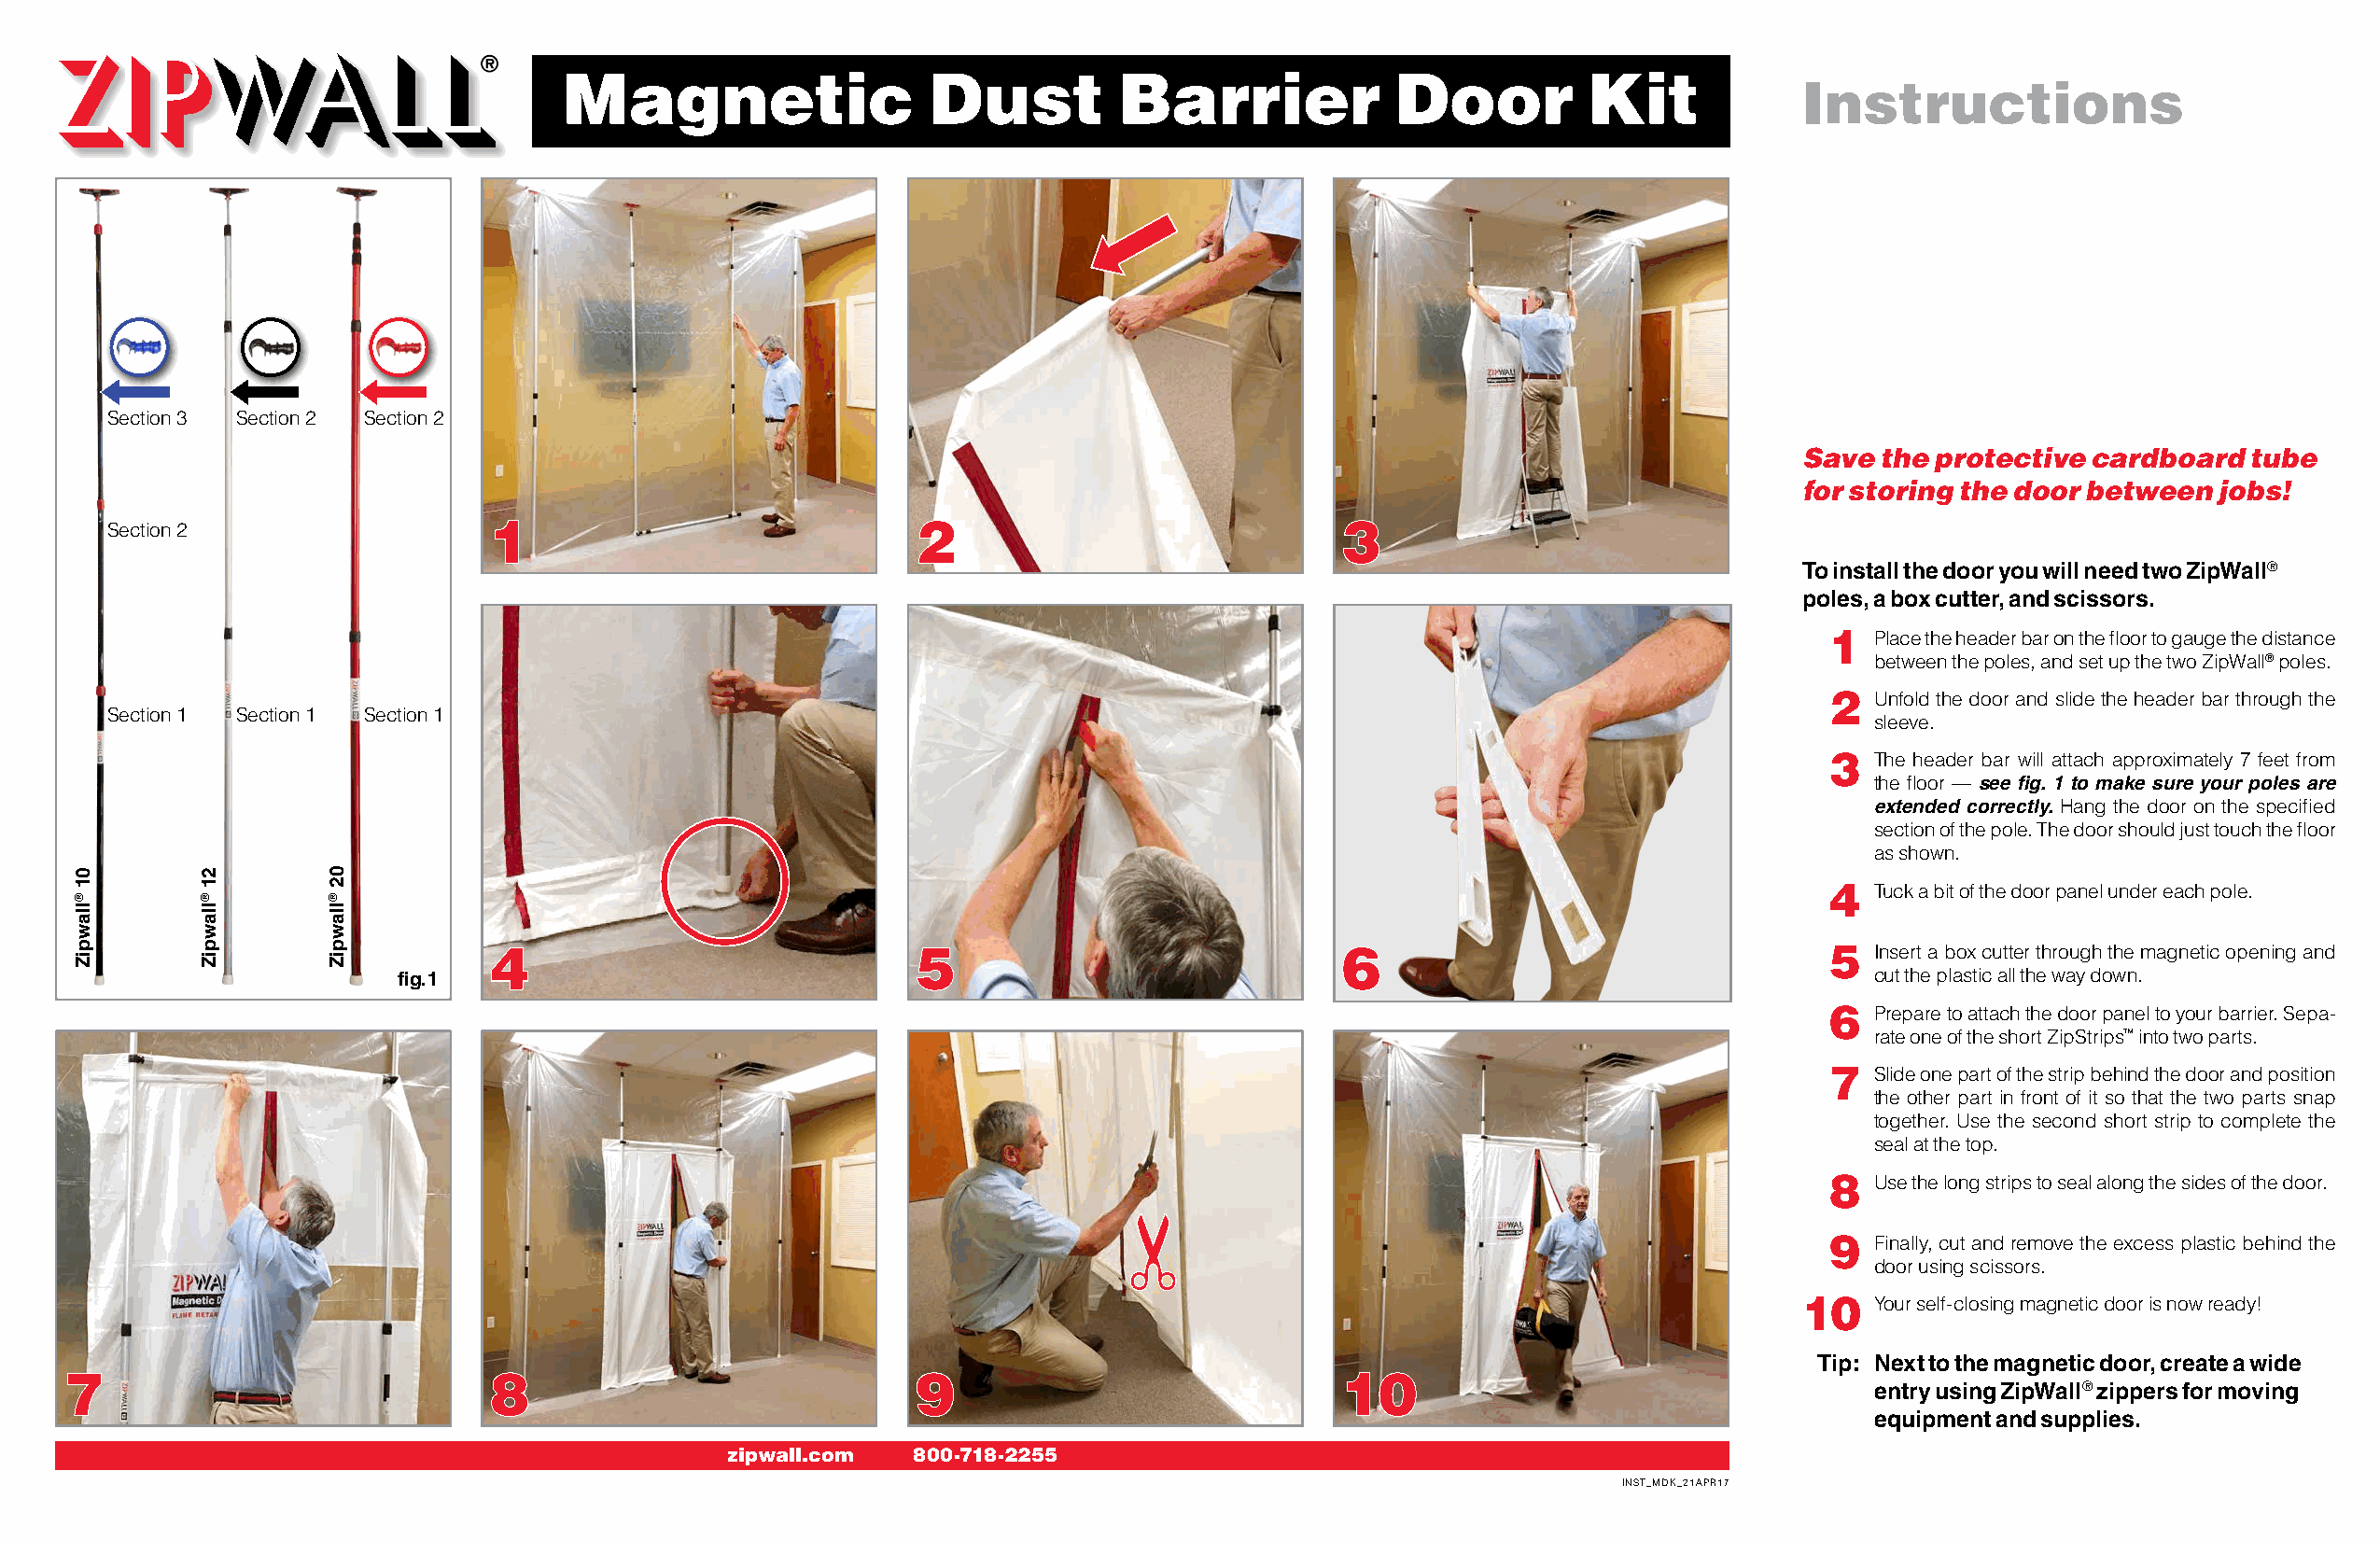
Magnetic                  Dust         Barrier             Door          Kit
 Instructions
 Section 3 Section 2 Section 2
 Save the protective cardboard   tube
 for storing the door between jobs!
 Section 2                  1                             2                             3
 To install the door you will need two ZipWall®
 poles, a box cutter, and scissors.
 1  Place the header bar on the floor to gauge the distance
 between the poles, and set up the two ZipWall® poles.
 2  Unfold the door and slide the header bar through the
 Section 1 Section 1 Section 1
 sleeve.
 3  The header bar will attach approximately 7 feet from
 the floor — see fig. 1 to make sure your poles are
 extended correctly. Hang the door on the specified
 section of the pole. The door should just touch the floor
 as shown.
 4  Tuck a bit of the door panel under each pole.
 4                             5                             6                                  5  Insert a box cutter through the magnetic opening and
 fig. 1                                                                                                   cut the plastic all the way down.
 6  Prepare to attach the door panel to your barrier. Sepa-
 rate one of the short ZipStrips™ into two parts.
 7  Slide one part of the strip behind the door and position
 the other part in front of it so that the two parts snap
 together. Use the second short strip to complete the
 seal at the top.
 8  Use the long strips to seal along the sides of the door.
 9  Finally, cut and remove the excess plastic behind the
 door using scissors.
 10   Your self-closing magnetic door is now ready!
 Tip: Next to the magnetic door, create a wide
 7                             8                             9                             10
 entry using ZipWall® zippers for moving
 equipment and supplies.
 zipwall.com  800-718-2255
 INST_MDK_21APr17
 01
 ®llawpiZ
 21
 ®llawpiZ
 02
 ®llawpiZ